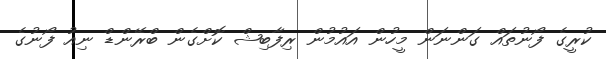
ކުރީގެ ފޯނުތައް ގަންނަން މީހުން އައުމުން ރިފާބިޝް ކޮށްގެން ބްރޭންޑް ނިއު ފޯނުގެ